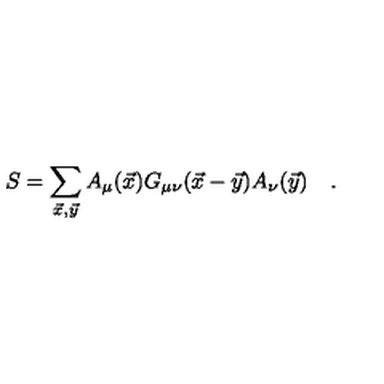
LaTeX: S = \sum _ { \vec { x } , \vec { y } } A _ { \mu } ( \vec { x } ) G _ { \mu \nu } ( \vec { x } - \vec { y } ) A _ { \nu } ( \vec { y } ) \quad .